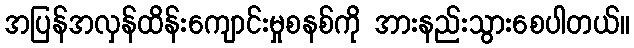
အပြန်အလှန်ထိန်းကျောင်းမှုစနစ်ကို အားနည်းသွားစေပါတယ်။